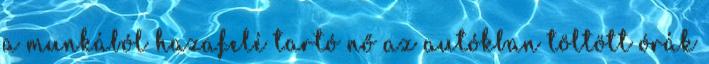
a munkából hazafelé tartó nő az autókban töltött órák